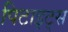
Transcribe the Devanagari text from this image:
पिटाइट्स